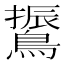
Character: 䳲